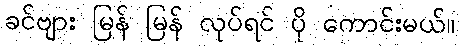
ခင်ဗျား မြန် မြန် လုပ်ရင် ပို ကောင်းမယ်။